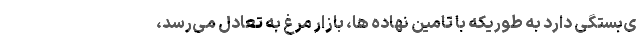
ی‌بستگی دارد به طوریکه با تامین نهاده ها، بازار مرغ به تعادل می‌رسد،